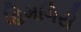
હિમગિરી